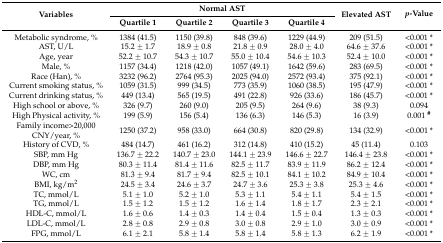
<table><thead><tr><td rowspan="2"><b>Variables</b></td><td colspan="4"><b>Normal AST</b></td><td rowspan="2"><b>Elevated AST</b></td><td rowspan="2"><b><i>p</i>-Value</b></td></tr><tr><td><b>Quartile 1</b></td><td><b>Quartile 2</b></td><td><b>Quartile 3</b></td><td><b>Quartile 4</b></td></tr></thead><tbody><tr><td>Metabolic syndrome, %</td><td>1384 (41.5)</td><td>1150 (39.8)</td><td>848 (39.6)</td><td>1229 (44.9)</td><td>209 (51.5)</td><td>&lt;0.001 *</td></tr><tr><td>AST, U/L</td><td>15.2 ± 1.7</td><td>18.9 ± 0.8</td><td>21.8 ± 0.9</td><td>28.0 ± 4.0</td><td>64.6 ± 37.6</td><td>&lt;0.001 *</td></tr><tr><td>Age, year</td><td>52.2 ± 10.7</td><td>54.3 ± 10.7</td><td>55.0 ± 10.4</td><td>54.6 ± 10.3</td><td>52.4 ± 10.0</td><td>&lt;0.001 *</td></tr><tr><td>Male, %</td><td>1157 (34.4)</td><td>1218 (42.0)</td><td>1057 (49.1)</td><td>1642 (59.6)</td><td>283 (69.5)</td><td>&lt;0.001 *</td></tr><tr><td>Race (Han), %</td><td>3232 (96.2)</td><td>2764 (95.3)</td><td>2025 (94.0)</td><td>2572 (93.4)</td><td>375 (92.1)</td><td>&lt;0.001 *</td></tr><tr><td>Current smoking status, %</td><td>1059 (31.5)</td><td>999 (34.5)</td><td>773 (35.9)</td><td>1060 (38.5)</td><td>195 (47.9)</td><td>&lt;0.001 *</td></tr><tr><td>Current drinking status, %</td><td>449 (13.4)</td><td>565 (19.5)</td><td>491 (22.8)</td><td>926 (33.6)</td><td>186 (45.7)</td><td>&lt;0.001 *</td></tr><tr><td>High school or above, %</td><td>326 (9.7)</td><td>260 (9.0)</td><td>205 (9.5)</td><td>264 (9.6)</td><td>38 (9.3)</td><td>0.094</td></tr><tr><td>High Physical activity, %</td><td>199 (5.9)</td><td>156 (5.4)</td><td>136 (6.3)</td><td>146 (5.3)</td><td>16 (3.9)</td><td>0.001 <b><sup>#</sup></b></td></tr><tr><td>Family income&gt;20,000 CNY/year, %</td><td>1250 (37.2)</td><td>958 (33.0)</td><td>664 (30.8)</td><td>820 (29.8)</td><td>134 (32.9)</td><td>&lt;0.001 *</td></tr><tr><td>History of CVD, %</td><td>484 (14.7)</td><td>461 (16.2)</td><td>312 (14.8)</td><td>410 (15.2)</td><td>45 (11.4)</td><td>0.103</td></tr><tr><td>SBP, mm Hg</td><td>136.7 ± 22.2</td><td>140.7 ± 23.0</td><td>144.1 ± 23.9</td><td>146.6 ± 22.7</td><td>146.4 ± 23.8</td><td>&lt;0.001 *</td></tr><tr><td>DBP, mm Hg</td><td>80.3 ± 11.4</td><td>81.4 ± 11.6</td><td>82.5 ± 11.7</td><td>83.9 ± 11.9</td><td>86.2 ± 12.4</td><td>&lt;0.001 *</td></tr><tr><td>WC, cm</td><td>81.3 ± 9.4</td><td>81.7 ± 9.4</td><td>82.5 ± 10.1</td><td>84.1 ± 10.2</td><td>84.9 ± 10.4</td><td>&lt;0.001 *</td></tr><tr><td>BMI, kg/m<sup>2</sup></td><td>24.5 ± 3.4</td><td>24.6 ± 3.7</td><td>24.7 ± 3.6</td><td>25.3 ± 3.8</td><td>25.3 ± 4.6</td><td>&lt;0.001 *</td></tr><tr><td>TC, mmol/L</td><td>5.1 ± 1.0</td><td>5.2 ± 1.0</td><td>5.3 ± 1.1</td><td>5.4 ± 1.1</td><td>5.4 ± 1.5</td><td>&lt;0.001 *</td></tr><tr><td>TG, mmol/L</td><td>1.5 ± 1.2</td><td>1.5 ± 1.2</td><td>1.6 ± 1.4</td><td>1.8 ± 1.7</td><td>2.3 ± 2.1</td><td>&lt;0.001 *</td></tr><tr><td>HDL-C, mmol/L</td><td>1.6 ± 0.6</td><td>1.4 ± 0.3</td><td>1.4 ± 0.4</td><td>1.5 ± 0.4</td><td>1.3 ± 0.3</td><td>&lt;0.001 *</td></tr><tr><td>LDL-C, mmol/L</td><td>2.8 ± 0.8</td><td>2.9 ± 0.8</td><td>3.0 ± 0.8</td><td>2.9 ± 1.0</td><td>3.0 ± 0.9</td><td>&lt;0.001 *</td></tr><tr><td>FPG, mmol/L</td><td>6.1 ± 2.1</td><td>5.8 ± 1.4</td><td>5.8 ± 1.4</td><td>5.8 ± 1.3</td><td>6.2 ± 1.9</td><td>&lt;0.001 *</td></tr></tbody></table>